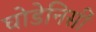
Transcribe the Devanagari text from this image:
घोडेनिसीं